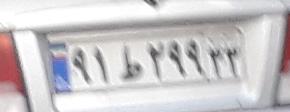
۹۱ط۲۹۹۳۳